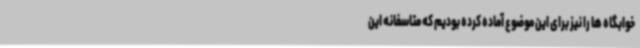
خوابگاه ها را نیز برای این موضوع آماده کرده بودیم که متاسفانه این